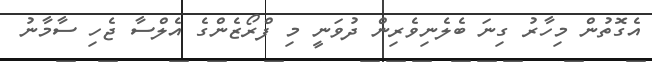
އެގޮތުން މިހާރު ގިނަ ބެލެނިވެރިން ދުވަނީ މި ފްރޯޒެންގެ އެލްސާ ޖެހި ސާމާނު